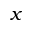
x